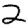
Digit: 2